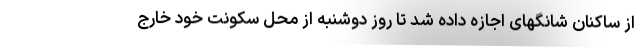
از ساکنان شانگهای اجازه داده شد تا روز دوشنبه از محل سکونت خود خارج